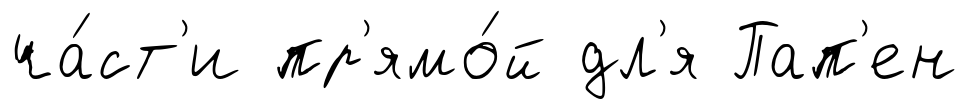
ча́ст'и пр'ямо́й дл'я Пап'ен